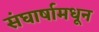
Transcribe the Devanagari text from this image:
संघार्षामधून